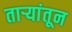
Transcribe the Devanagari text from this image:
ताऱ्यांतून